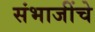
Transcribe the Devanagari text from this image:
संभाजींचे